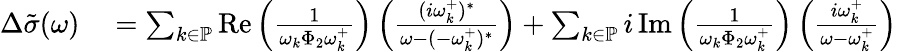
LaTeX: \begin{array}{rl}{\Delta\tilde{\sigma}(\omega)}&{{}=\sum_{k\in\mathbb{P}}\operatorname{Re}\left(\frac{1}{\omega_{k}\Phi_{2}\omega_{k}^{+}}\right)\left(\frac{(i\omega_{k}^{+})^{*}}{\omega-(-\omega_{k}^{+})^{*}}\right)+\sum_{k\in\mathbb{P}}i\operatorname{Im}\left(\frac{1}{\omega_{k}\Phi_{2}\omega_{k}^{+}}\right)\left(\frac{i\omega_{k}^{+}}{\omega-\omega_{k}^{+}}\right)}\end{array}